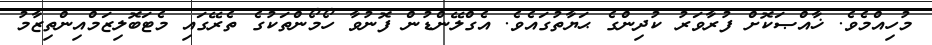
މުހިއްމެވެ. ޚާއްޞަކޮށް ފުރާވަރު ކުދިންގެ ޙަޔާތުގައެވެ. އެގްލޭންޑުން ފޮނުވާ ހޯމޯންތަކުގެ ތެރޭގައި މެޓަބޮލިޒަމްއިންތިޒާމު